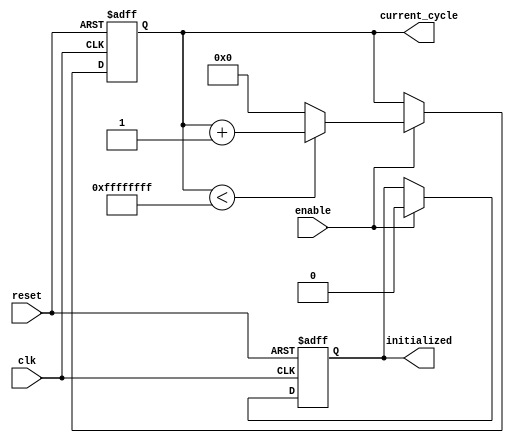
module ClockCycleInitialization (
    input wire clk,            // Clock signal
    input wire reset,          // Asynchronous reset signal
    input wire enable,         // Control signal to enable counting
    output reg [31:0] current_cycle, // Current clock cycle count
    output reg initialized     // Initialization flag
);

// Parameter for maximum cycle count
parameter MAX_CYCLES = 32'hFFFFFFFF;

// Always block for managing clock cycle initialization
always @(posedge clk or posedge reset) begin
    if (reset) begin
        // On reset, initialize the current cycle and set initialized flag
        current_cycle <= 32'b0;
        initialized <= 1'b1; // System is in initialization phase
    end else if (enable) begin
        // Increment the current cycle count if enabled
        if (current_cycle < MAX_CYCLES) begin
            current_cycle <= current_cycle + 1;
        end else begin
            current_cycle <= 32'b0; // Reset current cycle count on overflow
        end
        
        // After the first increment, set initialized to low
        if (initialized) begin
            initialized <= 1'b0; // System is now operational
        end
    end
end

endmodule